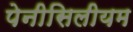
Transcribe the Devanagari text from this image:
पेनीसिलीयम